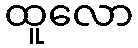
ထူလော